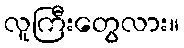
လူကြီးတွေလား။